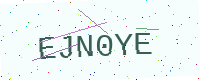
Text: EJN0YE